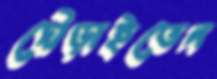
দৌড়াইতেন